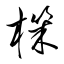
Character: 機